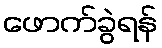
ဖောက်ခွဲရန်